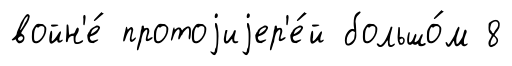
войн'е́ протоjиjер'е́й большо́м 8